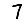
Digit: 7